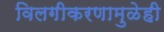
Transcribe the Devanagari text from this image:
विलगीकरणामुळेही